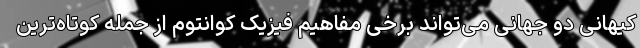
کیهانی دو جهانی می‌تواند برخی مفاهیم فیزیک کوانتوم از جمله کوتاه‌ترین